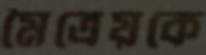
মৈত্রেয়কে